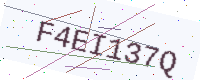
Text: F4EI137Q